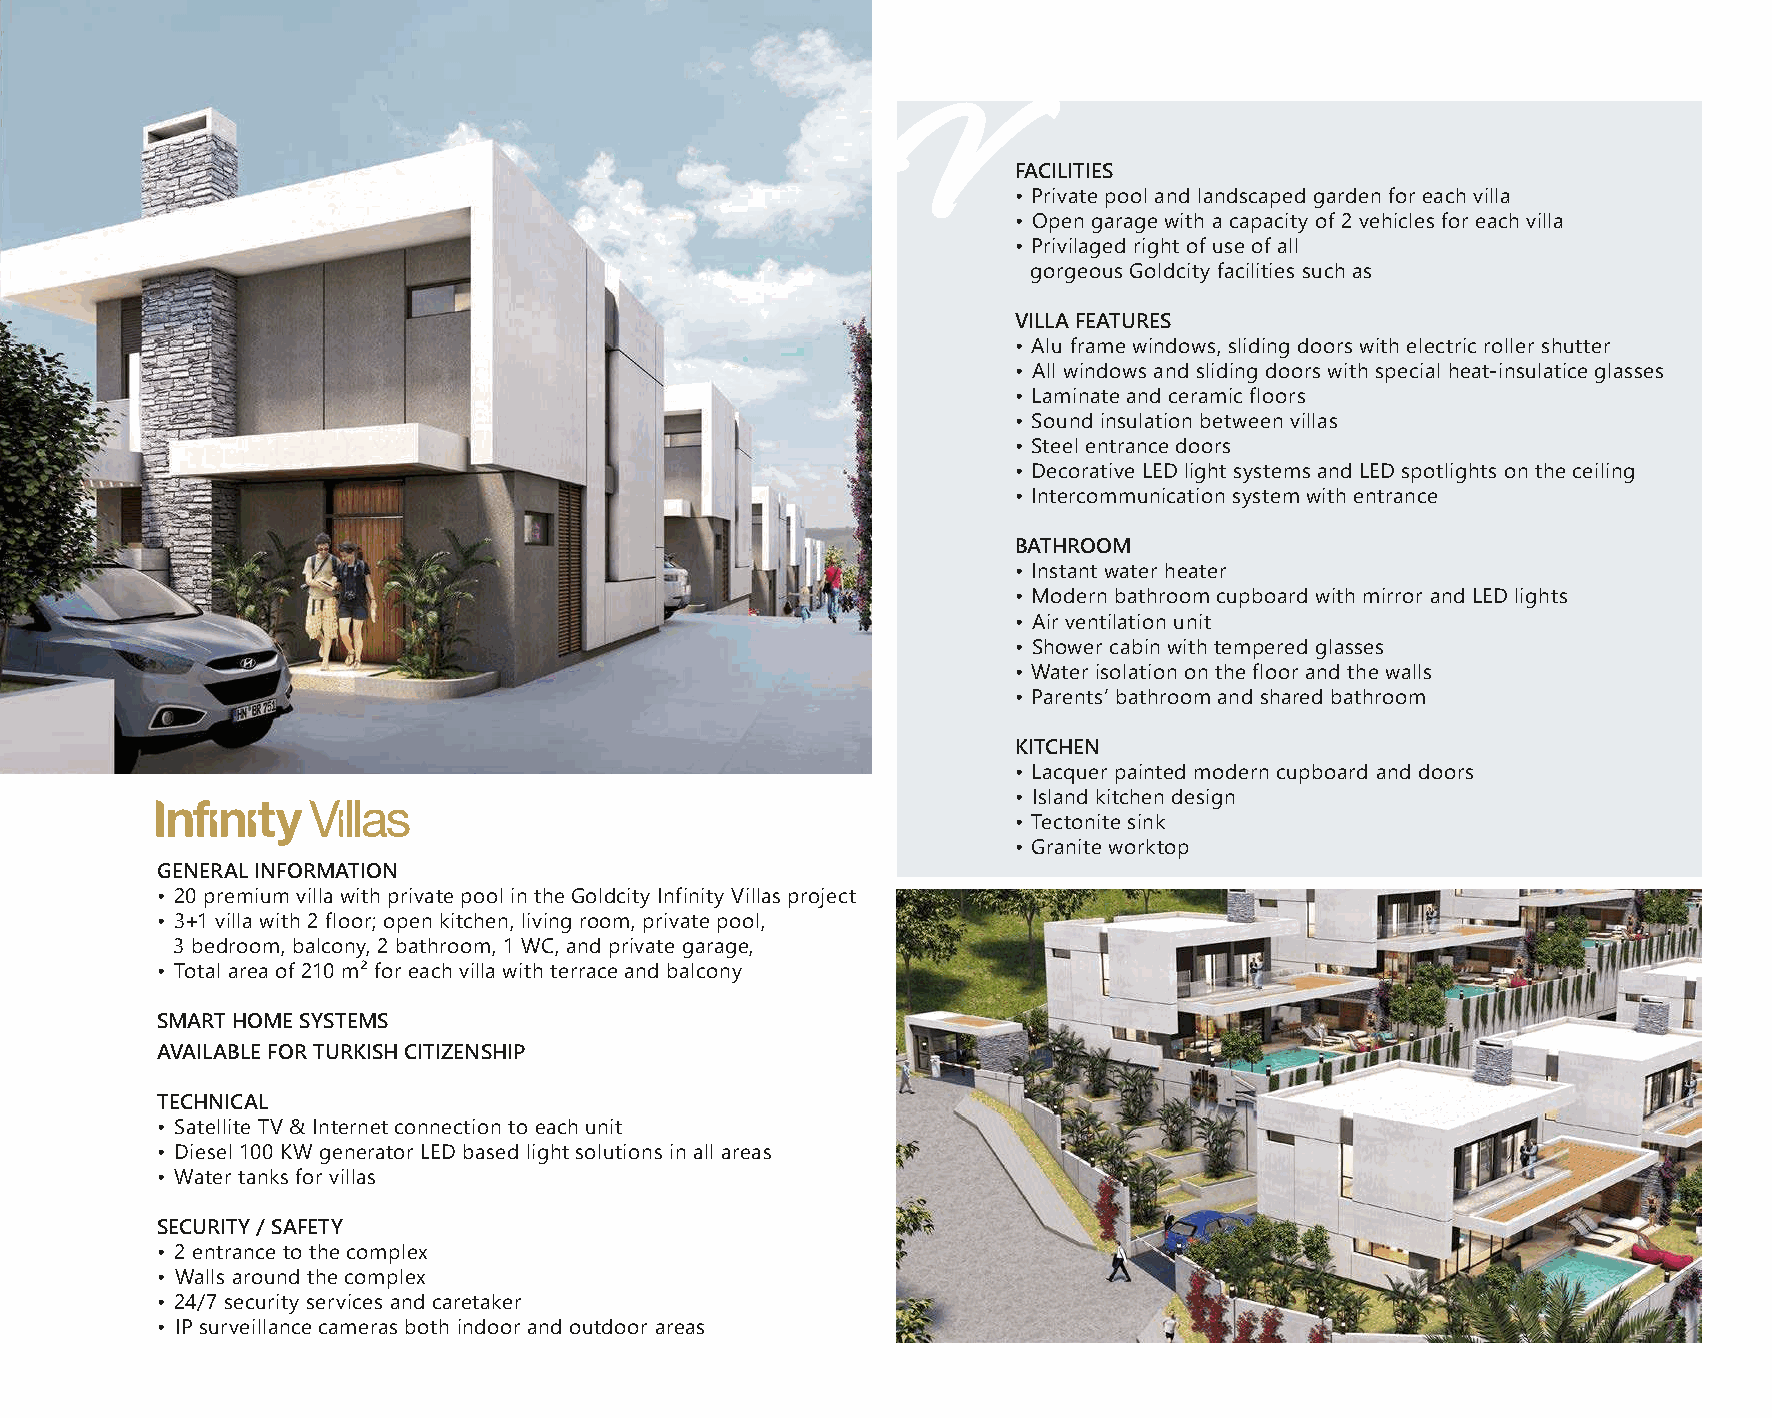
FACILITIES
 • Private pool and landscaped garden for each villa
 • Open garage with a capacity of 2 vehicles for each villa
 • Privilaged right of use of all
 gorgeous Goldcity facilities such as
 VILLA FEATURES
 • Alu frame windows, sliding doors with electric roller shutter
 • All windows and sliding doors with special heat-insulatice glasses
 • Laminate and ceramic floors
 • Sound insulation between villas
 • Steel entrance doors
 • Decorative LED light systems and LED spotlights on the ceiling
 • Intercommunication system with entrance
 BATHROOM
 • Instant water heater
 • Modern bathroom cupboard with mirror and LED lights
 • Air ventilation unit
 • Shower cabin with tempered glasses
 • Water isolation on the floor and the walls
 • Parents’ bathroom and shared bathroom
 KITCHEN
 • Lacquer painted modern cupboard and doors
 • Island kitchen design
 • Tectonite sink
 • Granite worktop
 GENERAL INFORMATION
 • 20 premium villa with private pool in the Goldcity Infinity Villas project
 • 3+1 villa with 2 floor; open kitchen, living room, private pool,
 3 bedroom, balcony, 2 bathroom, 1 WC, and private garage,
 • Total area of 210 m² for each villa with terrace and balcony
 SMART HOME SYSTEMS
 AVAILABLE FOR TURKISH CITIZENSHIP
 TECHNICAL
 • Satellite TV & Internet connection to each unit
 • Diesel 100 KW generator LED based light solutions in all areas
 • Water tanks for villas
 SECURITY / SAFETY
 • 2 entrance to the complex
 • Walls around the complex
 • 24/7 security services and caretaker
 • IP surveillance cameras both indoor and outdoor areas